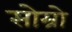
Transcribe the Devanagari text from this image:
सोम्रो